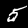
Digit: 5